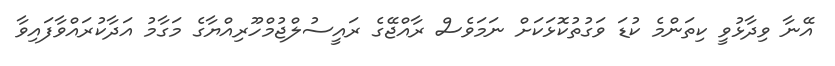
އޭނާ ވިދާޅުވީ ކިތަންމެ ކުޑަ ވަގުތުކޮޅަކަށް ނަމަވެސް ރާއްޖޭގެ ރައީސުލްޖުމްހޫރިއްޔާގެ މަގާމު އަދާކުރައްވާފައިވާ